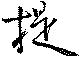
提